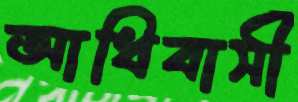
আধিবাসী